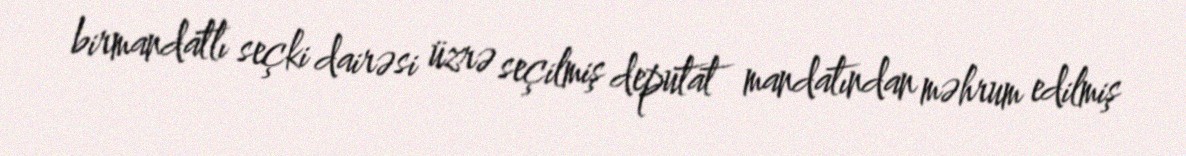
birmandatlı seçki dairəsi üzrə seçilmiş deputat mandatından məhrum edilmiş